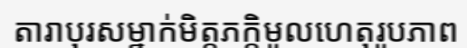
តារាបុរសម្នាក់មិត្តភក្តិមូលហេតុរូបភាព